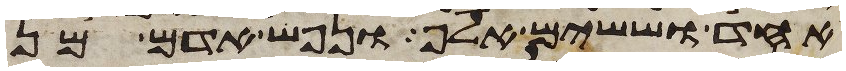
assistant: אחד וששים אלף ונפש אדם מן